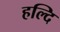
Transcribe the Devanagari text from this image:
हल्दि